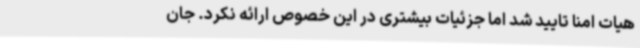
هیات امنا تایید شد اما جزئیات بیشتری در این خصوص ارائه نکرد. جان